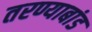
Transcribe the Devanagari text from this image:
तरण्याबांड